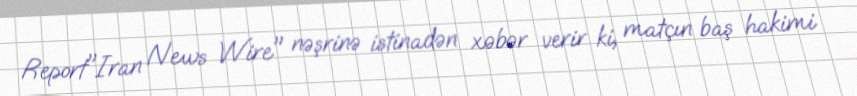
Report"Iran News Wire" nəşrinə istinadən xəbər verir ki, matçın baş hakimi